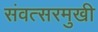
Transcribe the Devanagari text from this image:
संवत्सरमुखी